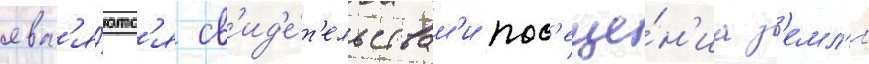
явл'я́ютс'я св'ид'е́т'ельствам'и пос'еще́н'иа з'емл'и